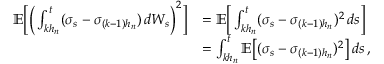
\begin{array} { r l } { \mathbb { E } \Big [ \Big ( \int _ { k h _ { n } } ^ { t } ( \sigma _ { s } - \sigma _ { ( k - 1 ) h _ { n } } ) \, d W _ { s } \Big ) ^ { 2 } \Big ] } & { = \mathbb { E } \Big [ \int _ { k h _ { n } } ^ { t } ( \sigma _ { s } - \sigma _ { ( k - 1 ) h _ { n } } ) ^ { 2 } \, d s \Big ] } \\ & { = \int _ { k h _ { n } } ^ { t } \mathbb { E } \big [ ( \sigma _ { s } - \sigma _ { ( k - 1 ) h _ { n } } ) ^ { 2 } \big ] \, d s \, , } \end{array}